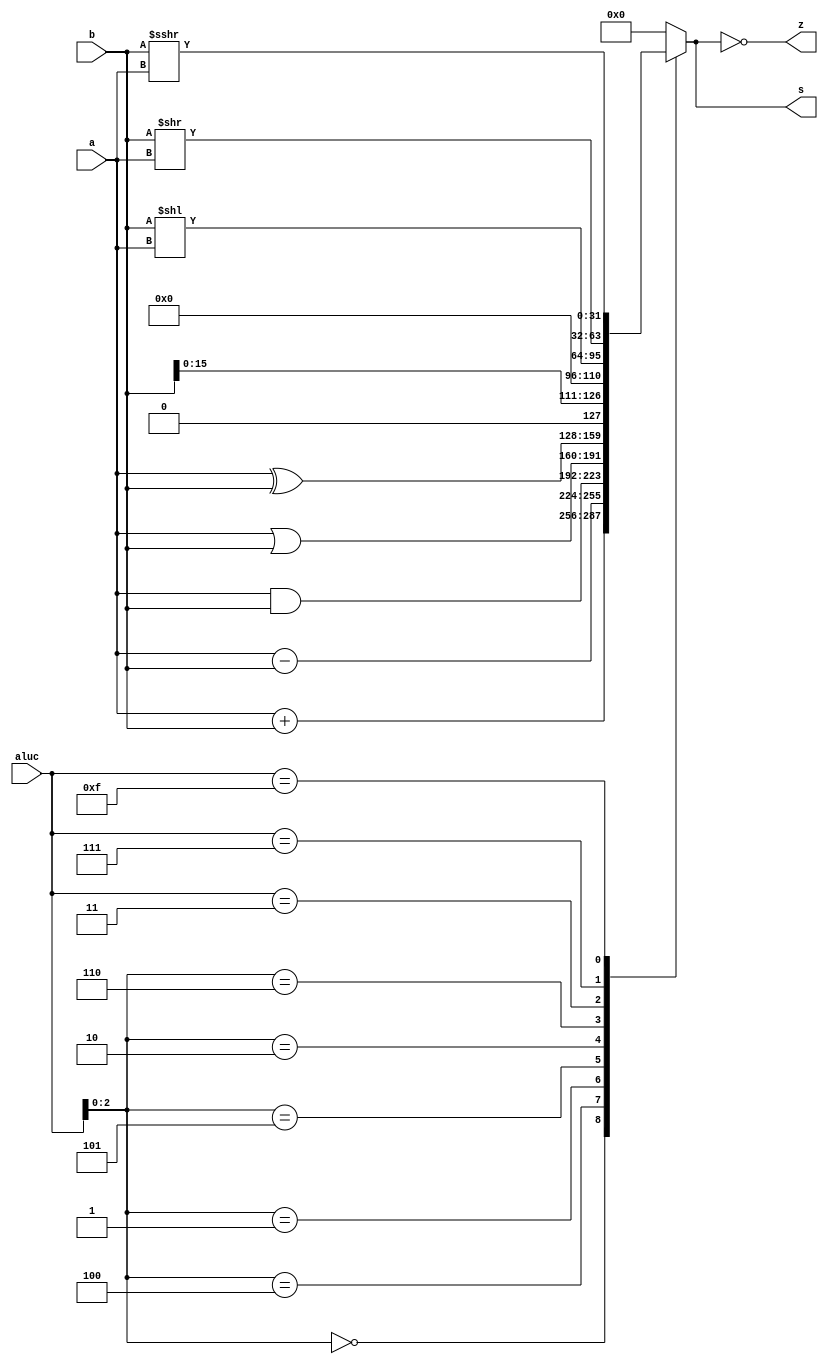
module alu (a,b,aluc,s,z);
   input [31:0] a,b;
   input [3:0] aluc;
   output reg [31:0] s;
   output reg z;
   always @ (a or b or aluc) begin
      casex (aluc)
         4'bx000: s = a + b;
         4'bx100: s = a - b;
         4'bx001: s = a & b;
         4'bx101: s = a | b;
         4'bx010: s = a ^ b;
         4'bx110: s = {b[15:0], 15'b0};    // lui
         4'b0011: s = b << a;
         4'b0111: s = b >> a;
         4'b1111: s = $signed(b) >>> a;      // sra
         default: s = 0;
      endcase
      z = (s == 0);
   end
endmodule